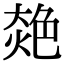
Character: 𦫜